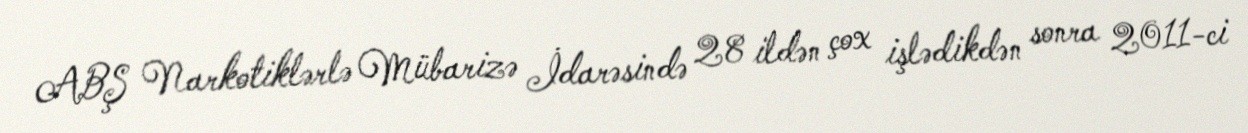
ABŞ Narkotiklərlə Mübarizə İdarəsində 28 ildən çox işlədikdən sonra 2011-ci